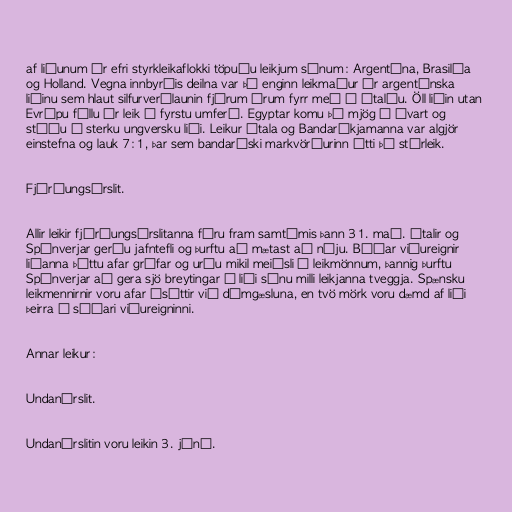
af liðunum úr efri styrkleikaflokki töpuðu leikjum sínum: Argentína, Brasilía
og Holland. Vegna innbyrðis deilna var þó enginn leikmaður úr argentínska
liðinu sem hlaut silfurverðlaunin fjórum árum fyrr með á Ítalíu. Öll liðin utan
Evrópu féllu úr leik í fyrstu umferð. Egyptar komu þó mjög á óvart og
stóðu í sterku ungversku liði. Leikur Ítala og Bandaríkjamanna var algjör
einstefna og lauk 7:1, þar sem bandaríski markvörðurinn átti þó stórleik.

Fjórðungsúrslit.

Allir leikir fjórðungsúrslitanna fóru fram samtímis þann 31. maí. Ítalir og
Spánverjar gerðu jafntefli og þurftu að mætast að nýju. Báðar viðureignir
liðanna þóttu afar grófar og urðu mikil meiðsli á leikmönnum, þannig þurftu
Spánverjar að gera sjö breytingar á liði sínu milli leikjanna tveggja. Spænsku
leikmennirnir voru afar ósáttir við dómgæsluna, en tvö mörk voru dæmd af liði
þeirra í síðari viðureigninni.

Annar leikur:

Undanúrslit.

Undanúrslitin voru leikin 3. júní.